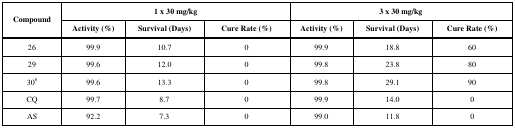
<table><thead><tr><td rowspan="2"><b>Compound</b></td><td colspan="3"><b>1 x 30 mg/kg</b></td><td colspan="3"><b>3 x 30 mg/kg</b></td></tr><tr><td><b>Activity (%)</b></td><td><b>Survival (Days)</b></td><td><b>Cure Rate (%)</b></td><td><b>Activity (%)</b></td><td><b>Survival (Days)</b></td><td><b>Cure Rate (%)</b></td></tr></thead><tbody><tr><td>26</td><td>99.9</td><td>10.7</td><td>0</td><td>99.9</td><td>18.8</td><td>60</td></tr><tr><td>29</td><td>99.6</td><td>12.0</td><td>0</td><td>99.8</td><td>23.8</td><td>80</td></tr><tr><td>30<sup>b</sup></td><td>99.6</td><td>13.3</td><td>0</td><td>99.8</td><td>29.1</td><td>90</td></tr><tr><td>CQ</td><td>99.7</td><td>8.7</td><td>0</td><td>99.9</td><td>14.0</td><td>0</td></tr><tr><td>AS</td><td>92.2</td><td>7.3</td><td>0</td><td>99.0</td><td>11.8</td><td>0</td></tr></tbody></table>